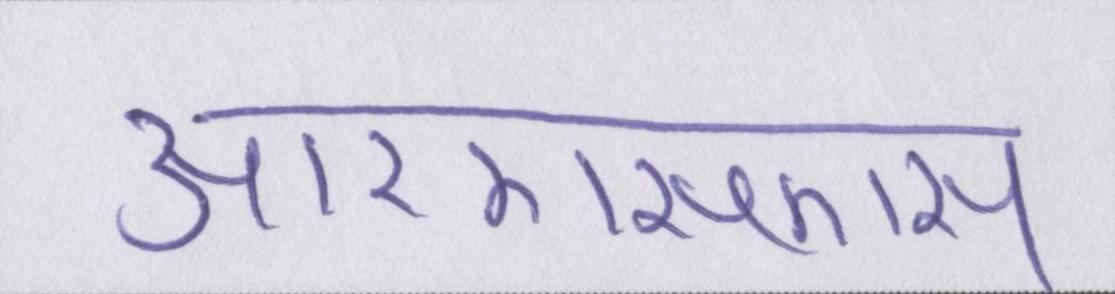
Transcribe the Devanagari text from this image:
आरएसएस